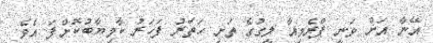
އޭނާ އަށް ވަނީ ޕްރެމިއާ ލީގުގެ ތަށި ހަތަރު ފަހަރު ކާމިޔާބުކޮށްފަ އެވެ.